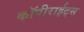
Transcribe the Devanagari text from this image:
कॉपीराईट्स